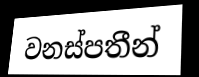
වනස්පතීන්